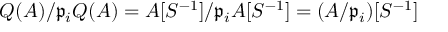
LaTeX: Q ( A ) / { \mathfrak { p } } _ { i } Q ( A ) = A [ S ^ { - 1 } ] / { \mathfrak { p } } _ { i } A [ S ^ { - 1 } ] = ( A / { \mathfrak { p } } _ { i } ) [ S ^ { - 1 } ]